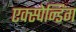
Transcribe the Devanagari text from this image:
एक्स्पेन्डिंग